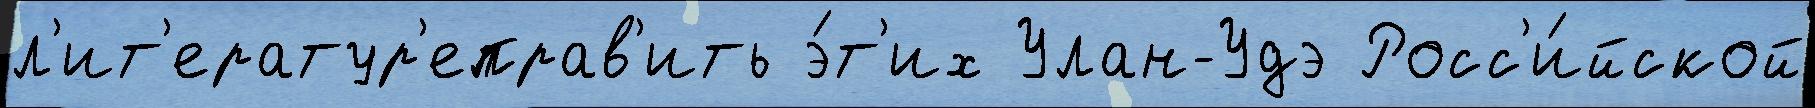
л'ит'ератур'еправ'ить э́т'их Улан-Удэ Росс'и́йской